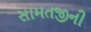
સામતજીની